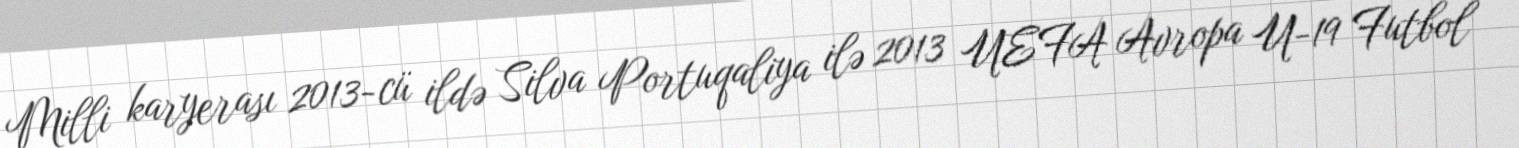
Milli karyerası 2013-cü ildə Silva Portuqaliya ilə 2013 UEFA Avropa U-19 Futbol